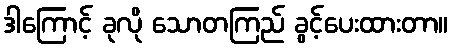
ဒါကြောင့် ခုလို သောတကြည် ခွင့်ပေးထားတာ။